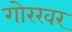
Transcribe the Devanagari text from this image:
गोरखर